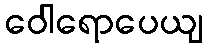
ဝေါရောပေယျ